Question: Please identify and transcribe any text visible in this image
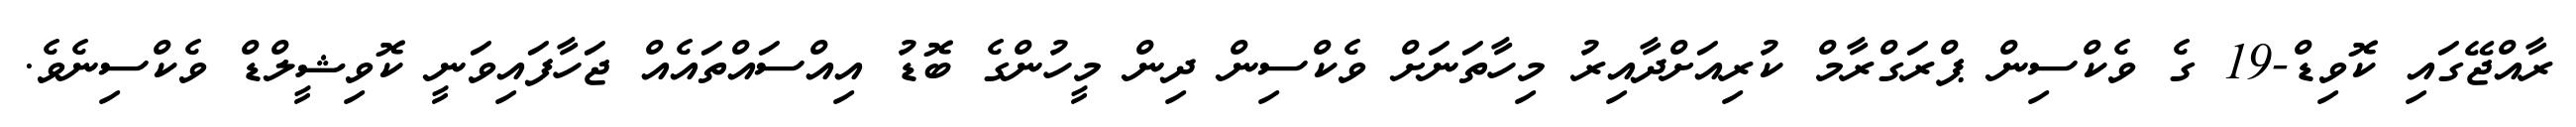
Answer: ރާއްޖޭގައި ކޮވިޑް-19 ގެ ވެކްސިން ޕްރަގްރާމް ކުރިއަށްދާއިރު މިހާތަނަށް ވެކްސިން ދިން މީހުންގެ ބޮޑު އިއްސައްތައެއް ޖަހާފައިވަނީ ކޮވިޝީލްޑް ވެކްސިނެވެ.